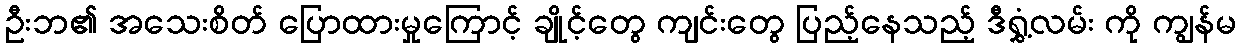
ဦးဘ၏ အသေးစိတ် ပြောထားမှုကြောင့် ချိုင့်တွေ ကျင်းတွေ ပြည့်နေသည့် ဒီရွှံ့လမ်း ကို ကျွန်မ